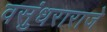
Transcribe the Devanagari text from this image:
वसुंधराराजे